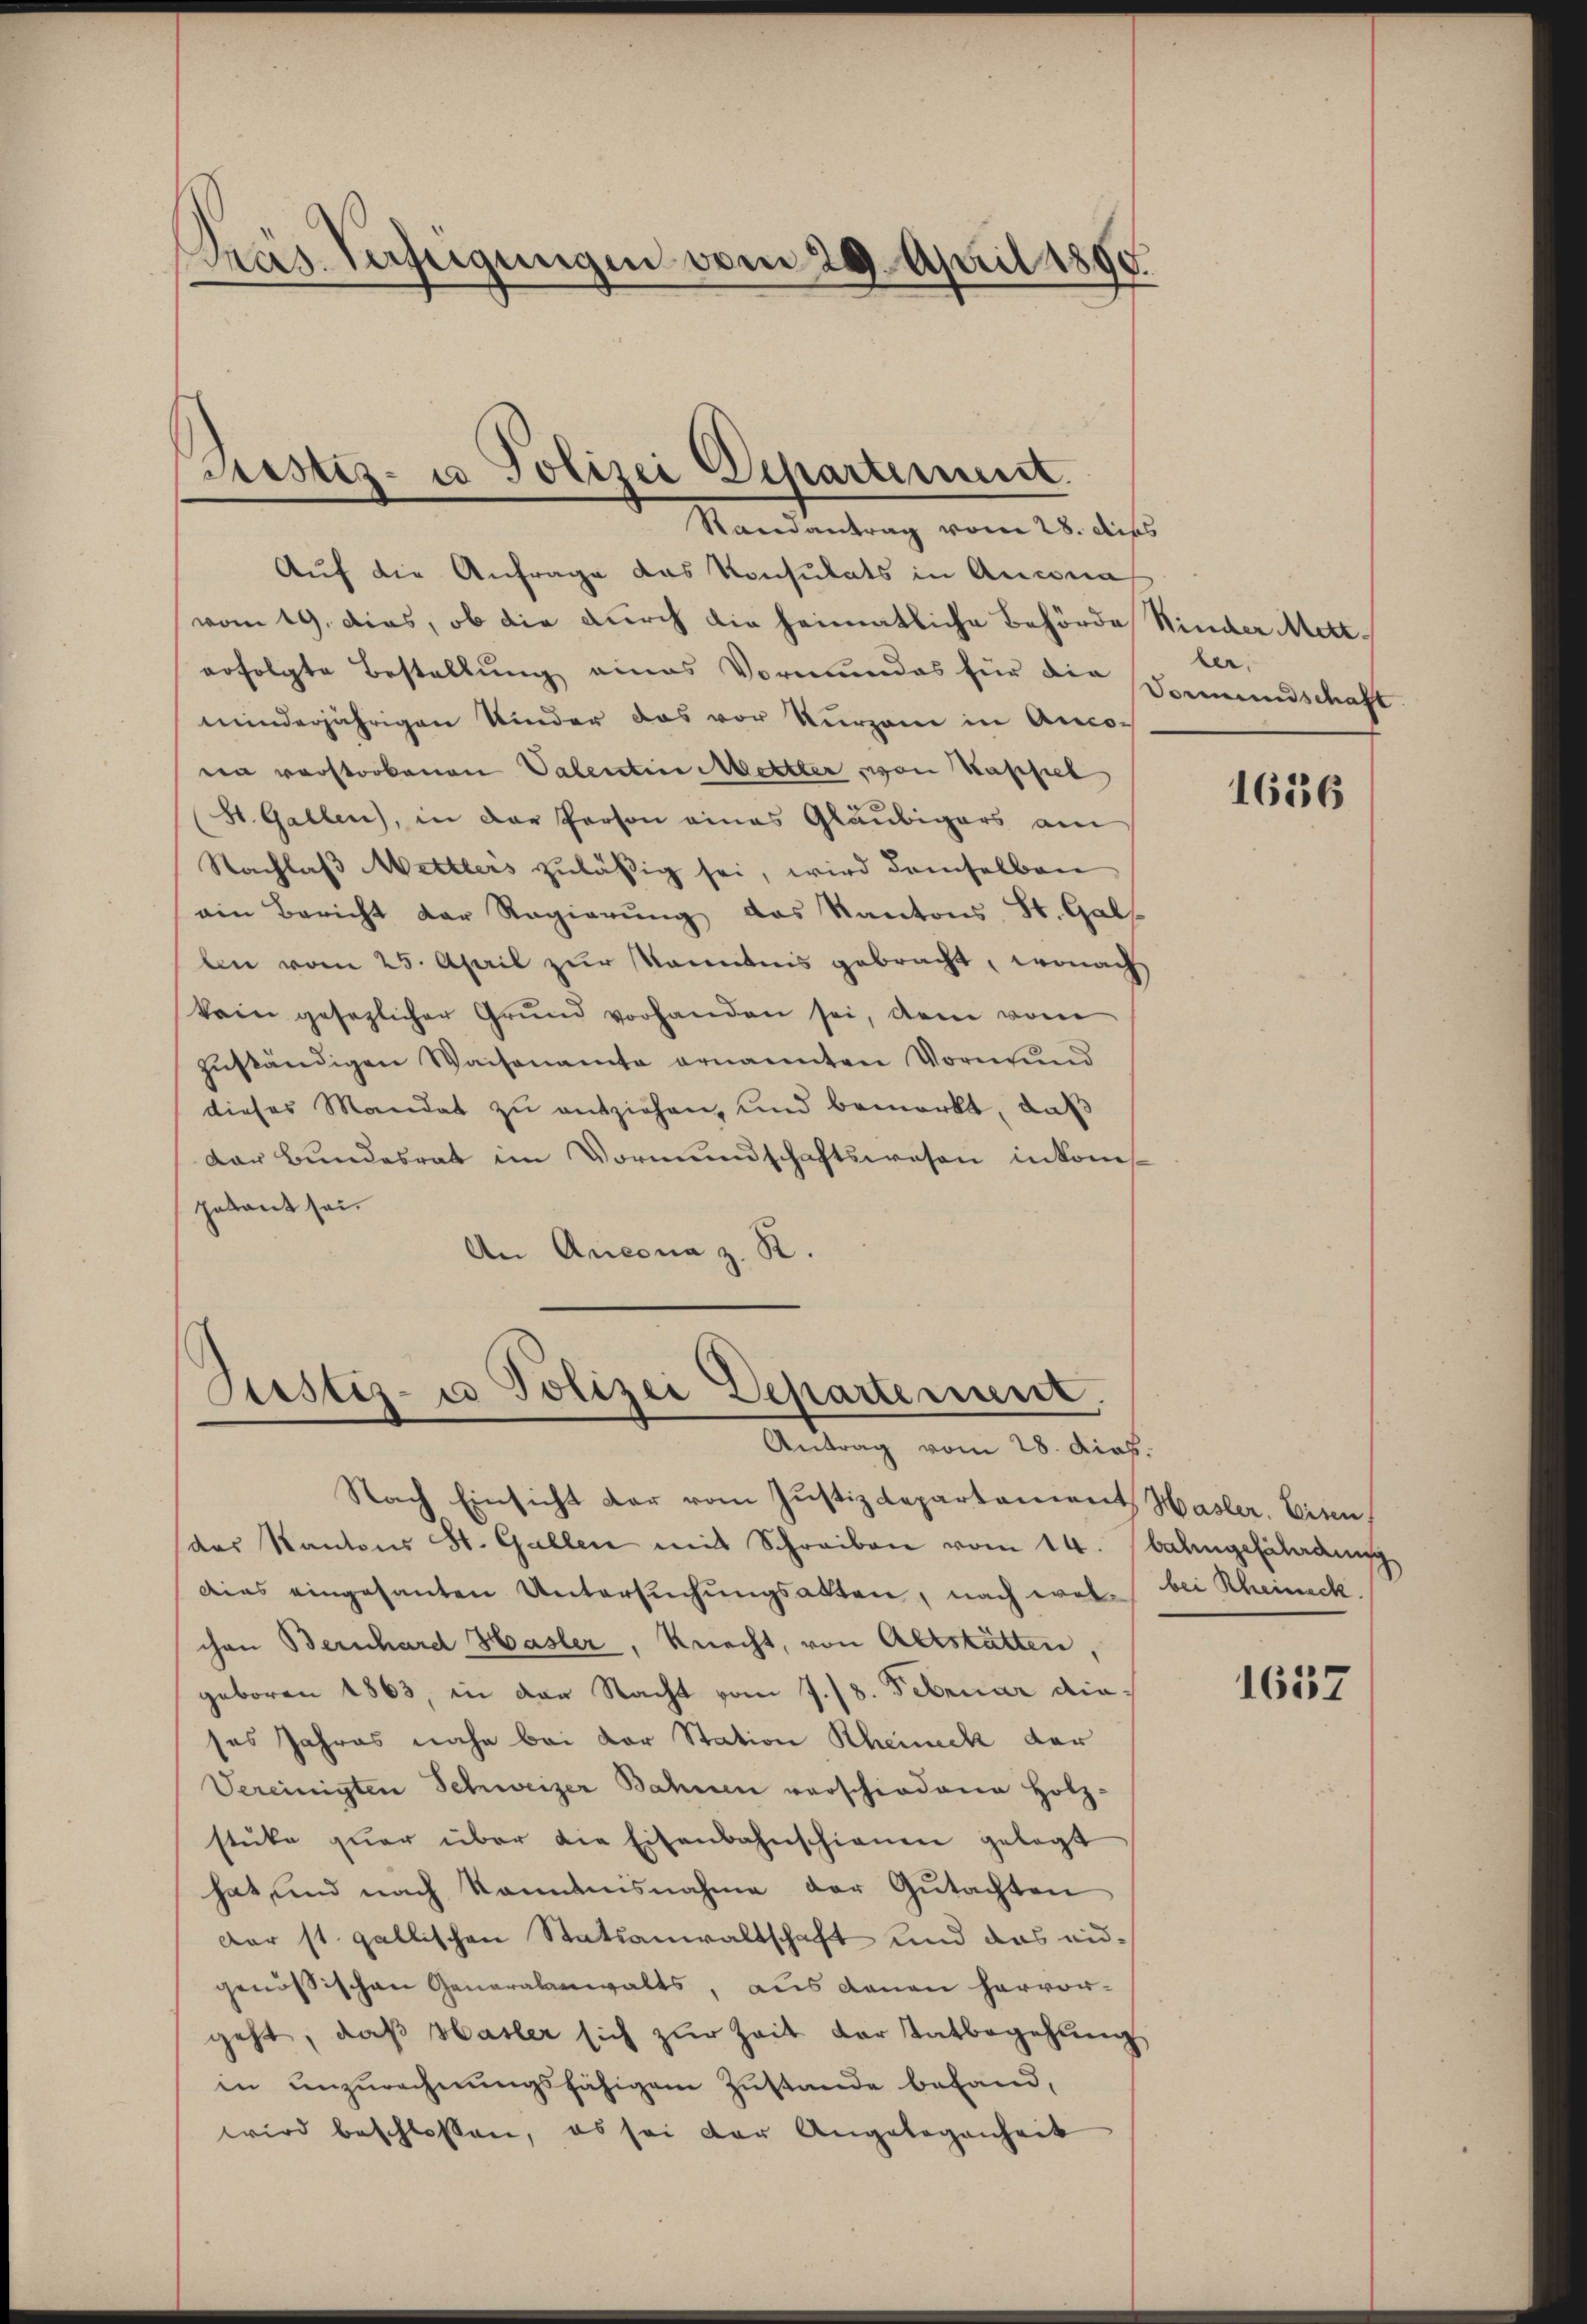
Pras Verzeigungen vom 29. April 1890.

Justiz- u Polizei Departement.
Randantrag vom 28. dies

Auf die Anfrage das Konsulats in Ancona
vom 19. dies, ob die durch die heimatliche Behörde Hinder Metterfolgte Bestellung eines Vormundes für die
minderjährigen Kinder das vor kurzen in Ancoen verstorbenen Valentin Mettler, von Kappel
St. Gallen, in der Person eines Gläubigers am
Nachlaß Mettlers zuläßig sei, wird demselben
ein Bericht der Regierŭng das Kantons St. Gall
ben vom 25. April zur kanntnis gebracht, wonach
kain gesezlicher Grŭnd vorhanden sei, dem vom
zuständigen Waisenamte ernannten Vormund
dieses Mandat zu entziehen, und bemerkt, daß
dar Bundesrat im Vormundschaftswesen inkompetant sei.
An Accona z. R.

Justiz- u Polizei Departement.

Antrag vom 28. Dieb.
Nach Einsicht der vom Justizdepartement Hasler. Eisen,
des Kantons St. Gallen mit Schreiben vom 14. Balingefährdung
Dies eingesanten Untersŭchŭngsakten, nach wol bei Rheineck.
chen Bernhard Hasler, Knecht, von Altstätten,
geboren 1863, in der Nacht vom 7./8. Februar dieses Jahres nahe bei der Station Rheineck der
Vereinigten Schweizer Bahnen verschiedene Holz-
stüke qŭar über die Eisenbahnschienen gelegt
hat, und nach kanntnisnahme der Gutachten
Der st. gallischen Statsanwaltschaft und das eid-
genössischen Generalanwalts, aus denen hervor-
geht, daß Hasler sich zur Zeit der Tatbegehung
in unzurechnungsfähigem Zustande befand,
wird beschlossen, es sei der Angelegenheit

ler.
Vormundschaft

1636

1657